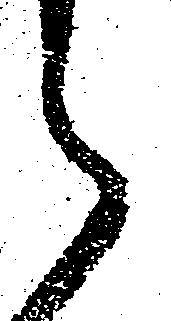
ら